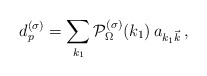
\begin{align*} d^{(\sigma)}_p=\sum_{k_1} {\cal P}_\Omega^{(\sigma)}(k_1)\, a_{k_1{\vec k}}\,,\end{align*}